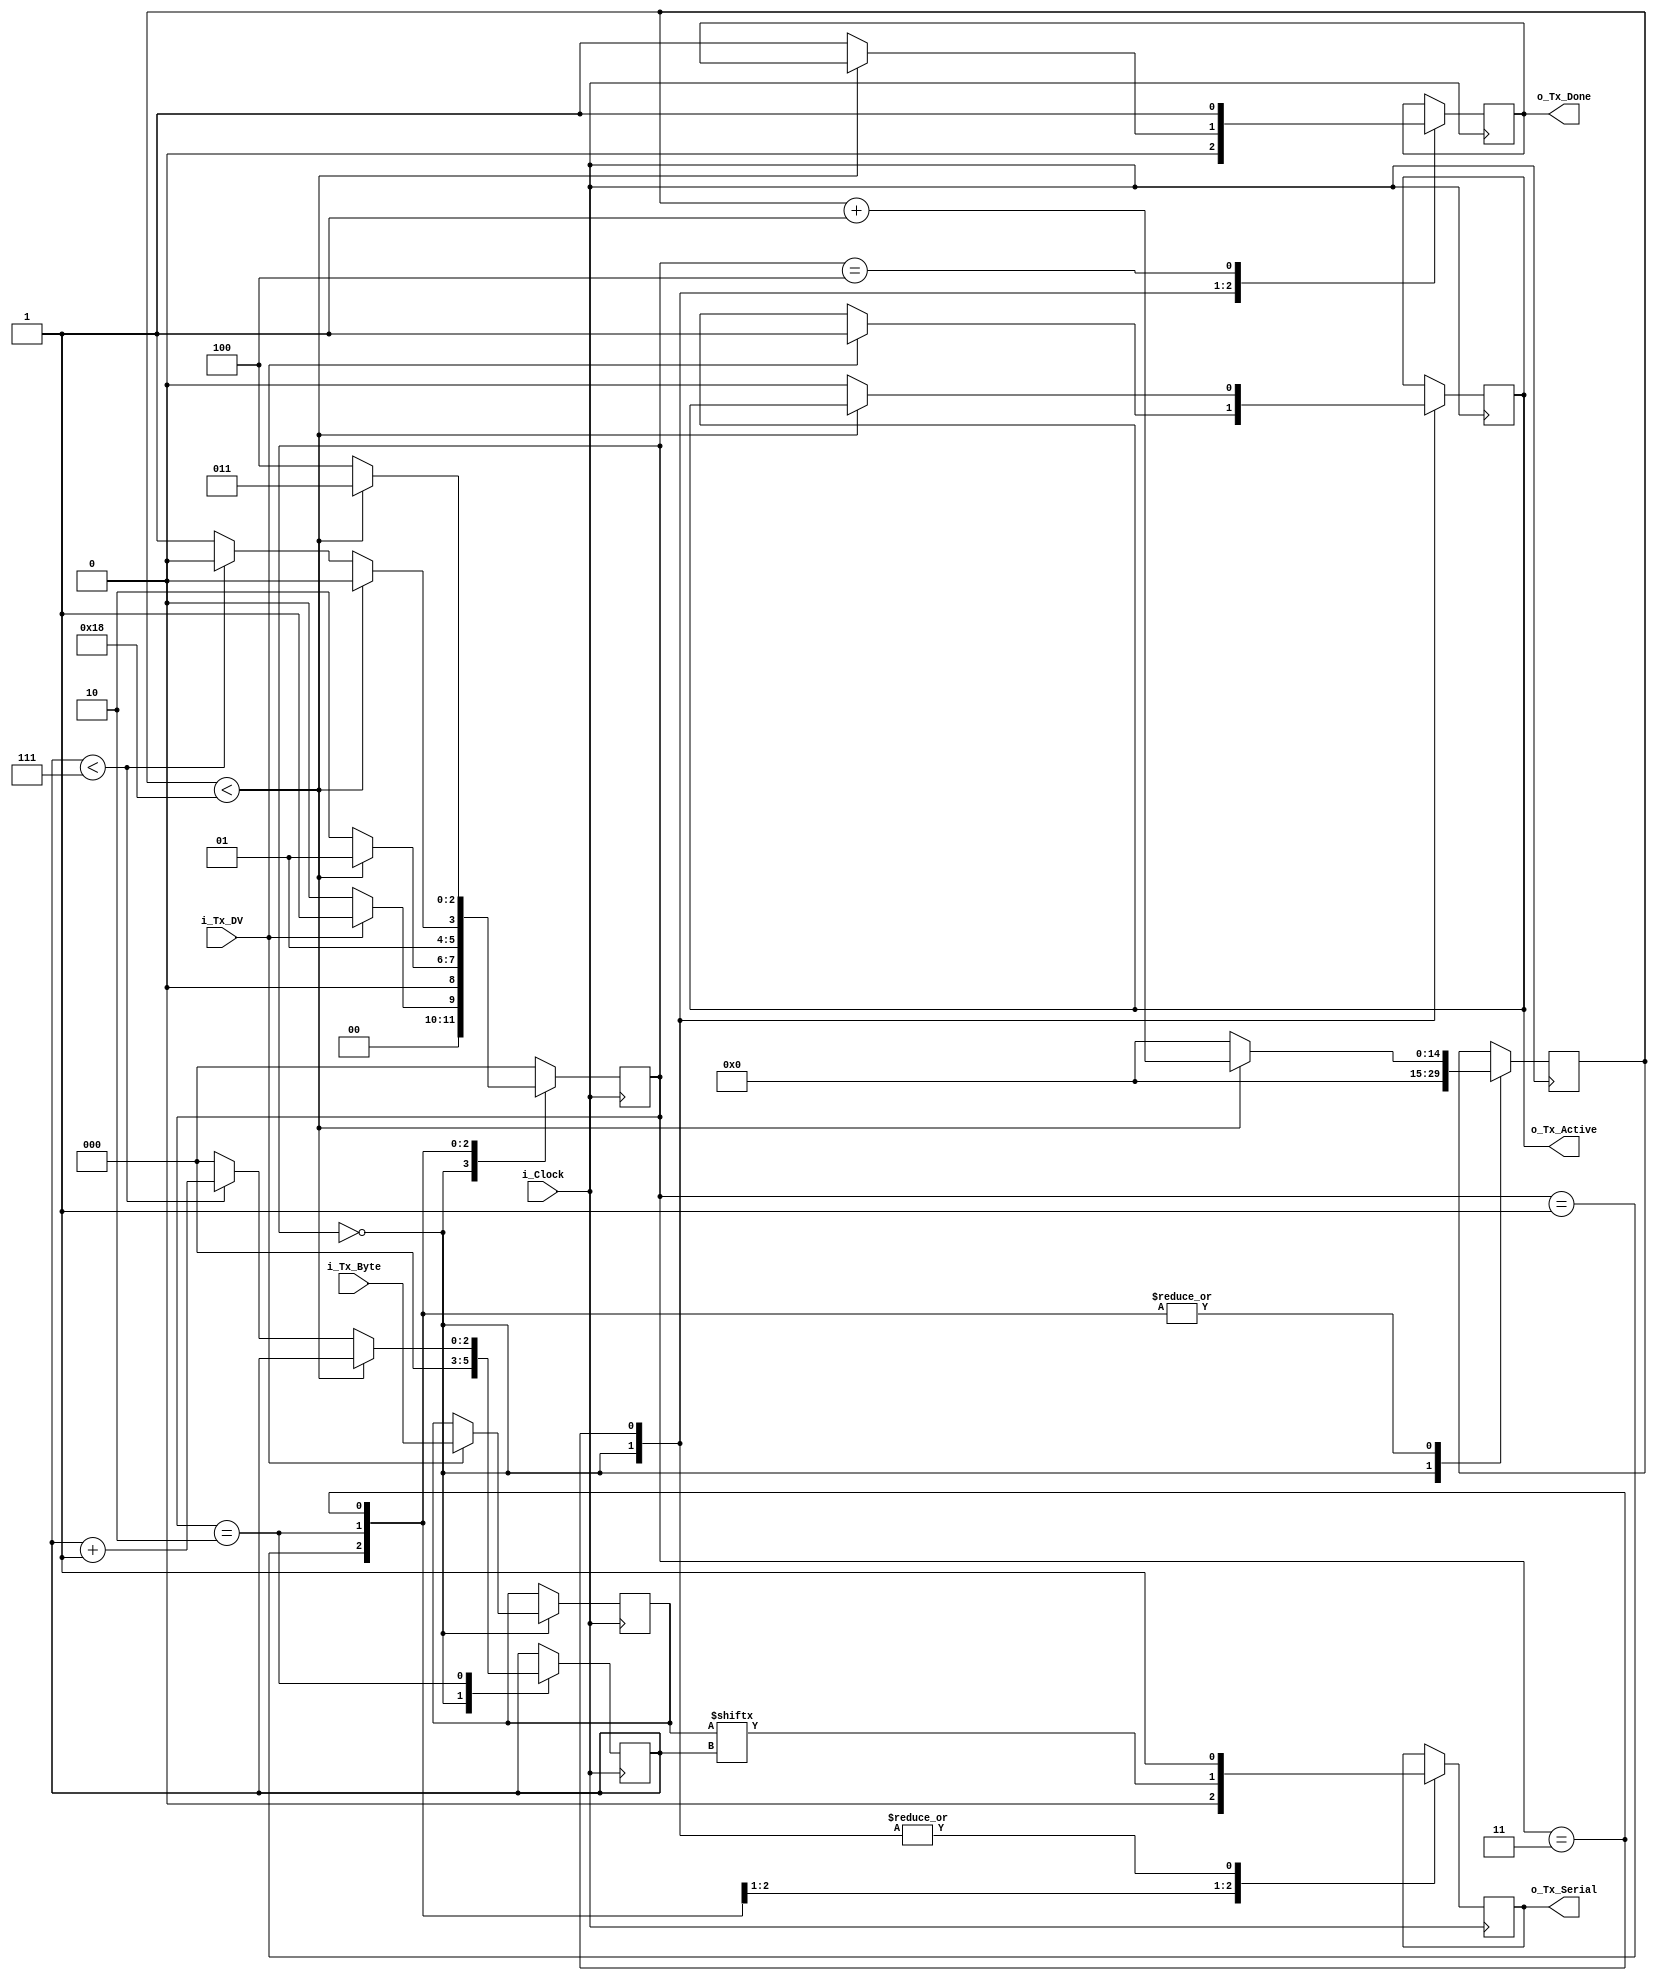
`timescale 1ns / 1ps
//////////////////////////////////////////////////////////////////////////////////
// Company: 
// Engineer: 
// 
// Design Name: 
// Module Name: uart_tx
// Project Name: 
// Target Devices: 
// Tool Versions: 
// Description: 
// 
// Dependencies: 
// 
// Revision:
// Revision 0.01 - File Created
// Additional Comments:
// 
//////////////////////////////////////////////////////////////////////////////////

//////////////////////////////////////////////////////////////////////
// File Downloaded from http://www.nandland.com
//////////////////////////////////////////////////////////////////////
// This file contains the UART Transmitter.  This transmitter is able
// to transmit 8 bits of serial data, one start bit, one stop bit,
// and no parity bit.  When transmit is complete o_Tx_done will be
// driven high for one clock cycle.
//
// Set Parameter CLKS_PER_BIT as follows:
// CLKS_PER_BIT = (Frequency of i_Clock)/(Frequency of UART)
// Example: 10 MHz Clock, 115200 baud UART
// (10000000)/(115200) = 87

module uart_tx 
  #(parameter CLKS_PER_BIT = 25) //25
  (
   input       i_Clock,
   input       i_Tx_DV,
   input [7:0] i_Tx_Byte, 
   output      o_Tx_Active,
   output reg  o_Tx_Serial,
   output      o_Tx_Done
   );
  
  parameter s_IDLE         = 3'b000;
  parameter s_TX_START_BIT = 3'b001;
  parameter s_TX_DATA_BITS = 3'b010;
  parameter s_TX_STOP_BIT  = 3'b011;
  parameter s_CLEANUP      = 3'b100;
   
  reg          test_bit;
  reg [2:0]    r_SM_Main     = 0;
  reg [14:0]   r_Clock_Count = 0;
  reg [2:0]    r_Bit_Index   = 0;
  reg [7:0]    r_Tx_Data     = 0;
  reg          r_Tx_Done     = 0;
  reg          r_Tx_Active   = 0;
  
     
  always @(posedge i_Clock)
    begin
       
      case (r_SM_Main)
        s_IDLE :
          begin
            o_Tx_Serial   <= 1'b1;         // Drive Line High for Idle
            r_Tx_Done     <= 1'b0;
            r_Clock_Count <= 0;
            r_Bit_Index   <= 0;
            
             
            if (i_Tx_DV == 1'b1)
              begin
                r_Tx_Active <= 1'b1;
                r_Tx_Data   <= i_Tx_Byte;
                r_SM_Main   <= s_TX_START_BIT;
                
              end
            else
              r_SM_Main <= s_IDLE;
          end // case: s_IDLE
         
         
        // Send out Start Bit. Start bit = 0
        s_TX_START_BIT :
          begin
            o_Tx_Serial <= 1'b0;
             
            // Wait CLKS_PER_BIT-1 clock cycles for start bit to finish
            if (r_Clock_Count < CLKS_PER_BIT-1)
              begin
                r_Clock_Count <= r_Clock_Count + 1;
                r_SM_Main     <= s_TX_START_BIT;
                
                
              end
            else
              begin
                r_SM_Main     <= s_TX_DATA_BITS;
                r_Clock_Count <= 0;
                
                
                
              end
          end // case: s_TX_START_BIT
                 
        // Wait CLKS_PER_BIT-1 clock cycles for data bits to finish         
        s_TX_DATA_BITS :
          begin
            o_Tx_Serial <= r_Tx_Data[r_Bit_Index];
            
             
             
            if (r_Clock_Count < CLKS_PER_BIT-1)
              begin
                r_Clock_Count <= r_Clock_Count + 1;
                r_SM_Main     <= s_TX_DATA_BITS;
              end
            else
              begin
                r_Clock_Count <= 0;
                 
                // Check if we have sent out all bits
                if (r_Bit_Index < 7) //chech this one <-----------------------
                  begin
                    r_Bit_Index <= r_Bit_Index + 1;
                    r_SM_Main   <= s_TX_DATA_BITS;
                  end
                else
                  begin
                    r_Bit_Index <= 0;
                    r_SM_Main   <= s_TX_STOP_BIT;
                  end
              end
          end // case: s_TX_DATA_BITS
         
         
        // Send out Stop bit.  Stop bit = 1
        s_TX_STOP_BIT :
          begin
            o_Tx_Serial <= 1'b1;
             
            // Wait CLKS_PER_BIT-1 clock cycles for Stop bit to finish
            if (r_Clock_Count < CLKS_PER_BIT-1)
              begin
                r_Clock_Count <= r_Clock_Count + 1;
                r_SM_Main     <= s_TX_STOP_BIT;
              end
            else
              begin
                r_Tx_Done     <= 1'b1;
                r_Clock_Count <= 0;
                r_SM_Main     <= s_CLEANUP;
                r_Tx_Active   <= 1'b0;
              end
          end // case: s_Tx_STOP_BIT
         
         
        // Stay here 1 clock
        s_CLEANUP :
          begin
            r_Tx_Done <= 1'b1;
            r_SM_Main <= s_IDLE;
          end
         
         
        default :
          r_SM_Main <= s_IDLE;
         
      endcase
    end
 
  assign o_Tx_Active = r_Tx_Active;
  assign o_Tx_Done   = r_Tx_Done;
   
endmodule